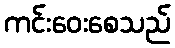
ကင်းဝေးစေသည်